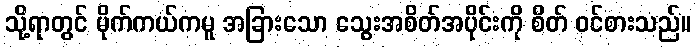
သို့ရာတွင် မိုက်ကယ်ကမူ အခြားသော သွေးအစိတ်အပိုင်းကို စိတ် ဝင်စားသည်။